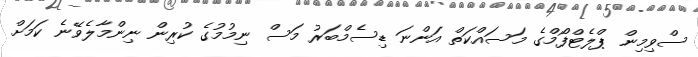
ސްވިމިން ޕްލެޓްފޯމްގެ މަސައްކަތް އަންނަ ޑިސެމްބަރު މަސް ނިމުމުގެ ކުރިން ނިންމާލެވޭނެ ކަމަށް